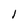
Character: I